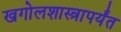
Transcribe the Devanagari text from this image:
खगोलशास्त्रापर्यंत